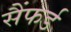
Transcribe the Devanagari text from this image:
सैंफर्ड